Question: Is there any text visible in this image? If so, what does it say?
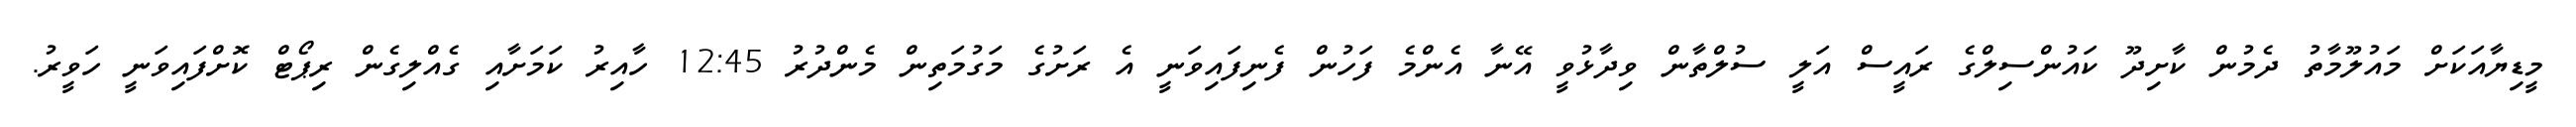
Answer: މީޑިޔާއަކަށް މައުލޫމާތު ދެމުން ކާށިދޫ ކައުންސިލްގެ ރައީސް އަލީ ސުލްތާން ވިދާޅުވީ އޭނާ އެންމެ ފަހުން ފެނިފައިވަނީ އެ ރަށުގެ މަގުމަތިން މެންދުރު 12:45 ހާއިރު ކަމަށާއި ގެއްލިގެން ރިޕޯޓް ކޮށްފައިވަނީ ހަވީރު.